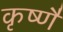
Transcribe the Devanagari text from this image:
कृष्णै